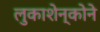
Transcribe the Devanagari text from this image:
लुकाशेन्कोने